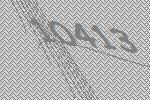
10413